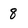
Character: 8